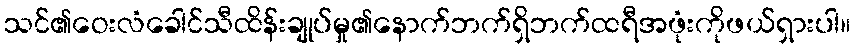
သင်၏ဝေးလံခေါင်သီထိန်းချုပ်မှု၏နောက်ဘက်ရှိဘက်ထရီအဖုံးကိုဖယ်ရှားပါ။